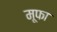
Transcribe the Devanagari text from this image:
मूफा